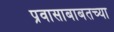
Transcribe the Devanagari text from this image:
प्रवासाबाबतच्या